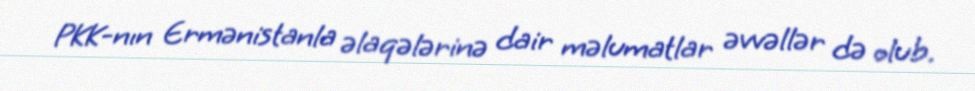
PKK-nın Ermənistanla əlaqələrinə dair məlumatlar əvvəllər də olub.